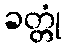
ခတ္တုံ